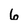
Character: 6